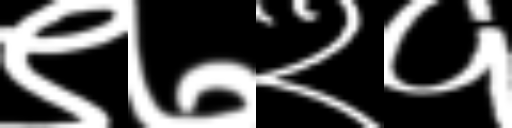
Text: ९७२१